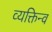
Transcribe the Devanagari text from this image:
व्यक्तिन्व